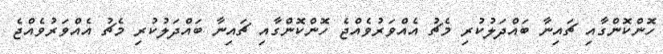
ހޮންކޮންގާއި ޗައިނާ ބައްދަލުކުރި މެޗު އެއްވަރުވެއްޖެ ހޮންކޮންގާއި ޗައިނާ ބައްދަލުކުރި މެޗު އެއްވަރުވެއްޖެ